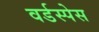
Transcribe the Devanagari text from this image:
वर्डस्पेस